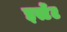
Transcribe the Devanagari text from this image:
इस्टेंट